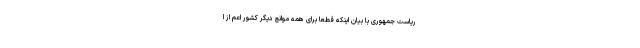
ریاست جمهوری با بیان اینکه قطعا برای همه موانع دیگر کشور اعم از ا